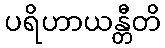
ပရိဟာယန္တီတိ